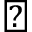
\perp